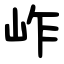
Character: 岞